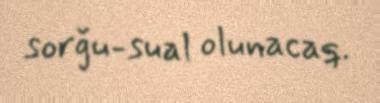
sorğu-sual olunacaq.